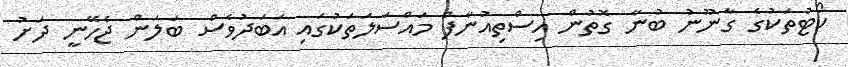
ކޯޓުތަކުގެ ގާނޫނު ބުނާ ގޮތުން އިސްތިއުނާފް މައްސަލަތަކުގައި އަބަދުވެސް ބަލަން ޖެހޭނީ ދަށު